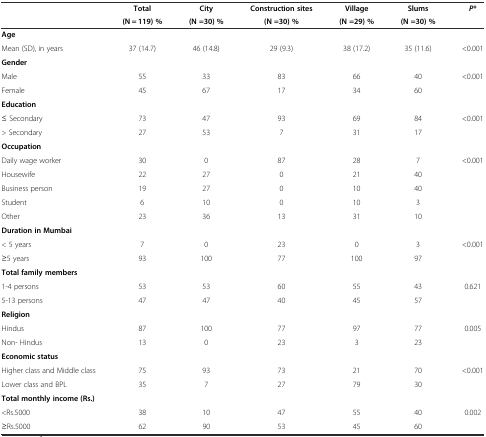
| <ROWSPAN=2>  | Total | City | Construction sites | Village | Slums | <ROWSPAN=2> P* |
 | (N = 119) % | (N =30) % | (N =30) % | (N =29) % | (N =30) % |
 | --- | --- | --- | --- | --- | --- | --- |
 | Age |  |  |  |  |  |  |
 | Mean (SD), in years | 37 (14.7) | 46 (14.8) | 29 (9.3) | 38 (17.2) | 35 (11.6) | <0.001 |
 | <COLSPAN=7> Gender |
 | Male | 55 | 33 | 83 | 66 | 40 | <ROWSPAN=2> <0.001 |
 | Female | 45 | 67 | 17 | 34 | 60 |
 | <COLSPAN=7> Education |
 | ≤ Secondary | 73 | 47 | 93 | 69 | 84 | <ROWSPAN=2> <0.001 |
 | > Secondary | 27 | 53 | 7 | 31 | 17 |
 | <COLSPAN=7> Occupation |
 | Daily wage worker | 30 | 0 | 87 | 28 | 7 | <ROWSPAN=5> <0.001 |
 | Housewife | 22 | 27 | 0 | 21 | 40 |
 | Business person | 19 | 27 | 0 | 10 | 40 |
 | Student | 6 | 10 | 0 | 10 | 3 |
 | Other | 23 | 36 | 13 | 31 | 10 |
 | <COLSPAN=7> Duration in Mumbai |
 | < 5 years | 7 | 0 | 23 | 0 | 3 | <ROWSPAN=2> <0.001 |
 | ≥5 years | 93 | 100 | 77 | 100 | 97 |
 | <COLSPAN=7> Total family members |
 | 1-4 persons | 53 | 53 | 60 | 55 | 43 | <ROWSPAN=2> 0.621 |
 | 5-13 persons | 47 | 47 | 40 | 45 | 57 |
 | <COLSPAN=7> Religion |
 | Hindus | 87 | 100 | 77 | 97 | 77 | <ROWSPAN=2> 0.005 |
 | Non- Hindus | 13 | 0 | 23 | 3 | 23 |
 | <COLSPAN=7> Economic status |
 | Higher class and Middle class | 75 | 93 | 73 | 21 | 70 | <ROWSPAN=2> <0.001 |
 | Lower class and BPL | 35 | 7 | 27 | 79 | 30 |
 | <COLSPAN=7> Total monthly income (Rs.) |
 | <Rs.5000 | 38 | 10 | 47 | 55 | 40 | <ROWSPAN=2> 0.002 |
 | ≥Rs.5000 | 62 | 90 | 53 | 45 | 60 |